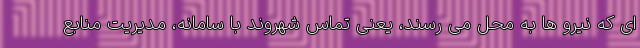
ای که نیرو ها به محل می رسند، یعنی تماس شهروند با سامانه، مدیریت منابع